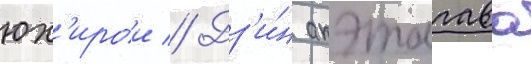
юх'ирои // Дз'и́н акэтагава